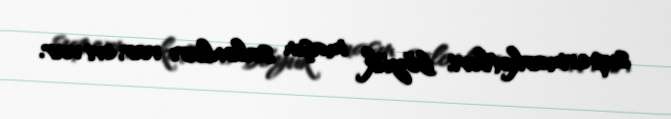
supermarketləri, böyük maşın salonları var, evi var.